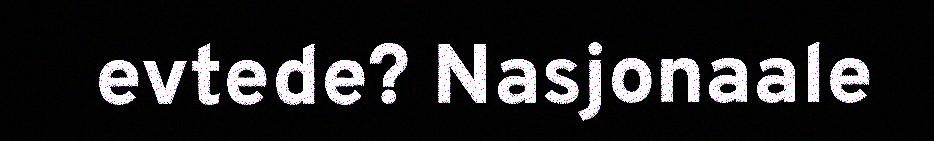
evtede? Nasjonaale